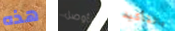
هذه سأوصل بالتأكيد